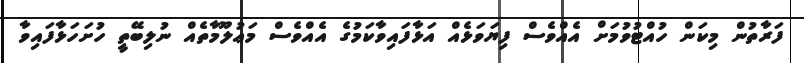
ފަރާތުން މިކަން ހުއްޓުވުމަށް އެއްވެސް ފިޔަވަޅެއް އަޅާފައިވާކަމުގެ އެއްވެސް މަޢުލޫމާތެއް ނުލިބޭތީ ހުށަހަޅާފައިވާ